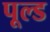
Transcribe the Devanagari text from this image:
पूल्ड